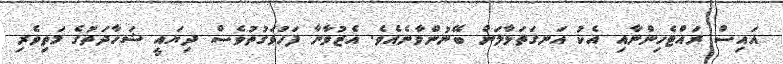
އައިސް ރައްޓެހިންނާއި އެކު އަނގަތަޅާލަން ބޭނުންވާނެއެވެ. އެޒުވާނާ ފަހުވަގުތުވެސް ދިޔައީ ޝަހާދަތުގެ މަތިވެރި